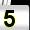
Digit: 5